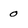
Character: 0